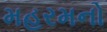
મહરમનો